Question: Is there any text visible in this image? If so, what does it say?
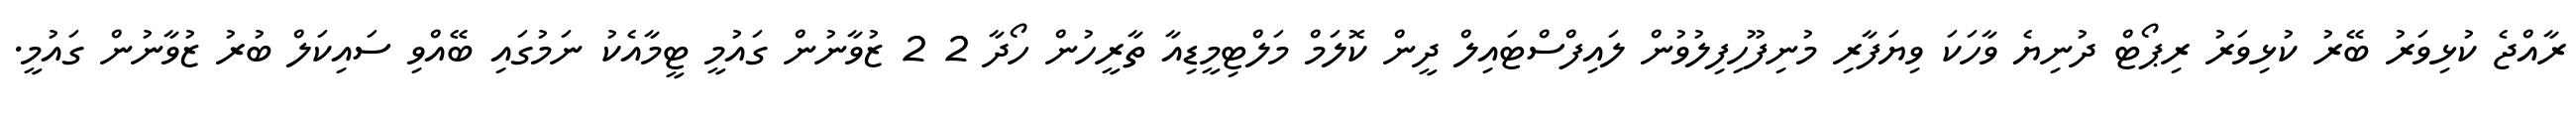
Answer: ރާއްޖެ ކުޅިވަރު ބޭރު ކުޅިވަރު ރިޕޯޓް ދުނިޔެ ވާހަކަ ވިޔަފާރި މުނިފޫހިފިލުވުން ލައިފްސްޓައިލް ދީން ކޮލަމް މަލްޓިމީޑިއާ ތާރީހުން ހޯދާ 2 2 ޒުވާނުން ގައުމީ ޓީމާއެކު ނަމުގައި ބޭއްވި ސައިކަލް ބުރު ޒުވާނުން ގައުމީ.